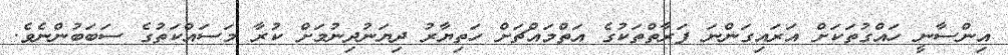
އިންސާނީ ހައްގުތަކަށް އަރައިގަންނަ ފަރާތްތަކުގެ އަތްމައްޗަށް ހަތިޔާރު ދިޔަނުދިނުމަށް ކުރާ މަސައްކަތުގެ ސަބަބުންނެވެ.